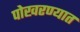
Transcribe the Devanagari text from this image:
पोखरण्यात